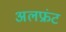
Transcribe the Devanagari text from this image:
अलफ्रंट